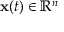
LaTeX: \mathbf { x } ( t ) \in \mathbb { R } ^ { n }